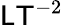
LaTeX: {\mathsf{L}}{\mathsf{T}}^{-2}